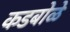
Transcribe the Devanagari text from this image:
कडबोळे